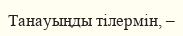
Танауыңды тiлермiн, –